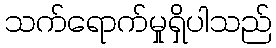
သက်ရောက်မှုရှိပါသည်